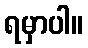
ရမှာပါ။